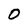
Character: 0